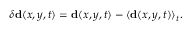
\delta { \bf d } ( x , y , t ) = { \bf d } ( x , y , t ) - \langle { \bf d } ( x , y , t ) \rangle _ { t } .